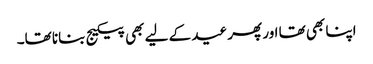
اپنا بھی تھا اور پھر عید کے لیے بھی پیکیج بنانا تھا۔